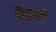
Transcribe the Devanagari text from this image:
वैट्टारी